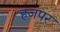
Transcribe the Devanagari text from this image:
हजपर